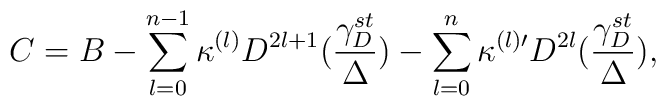
C = B - \sum_{l=0}^{n-1}\kappa^{(l)} D^{2l+1}(\frac{\gamma_D^{st}}{\Delta}) -\sum_{l=0}^{n}\kappa^{(l) \prime }D^{2l}(\frac{\gamma_D^{st}}{\Delta}),